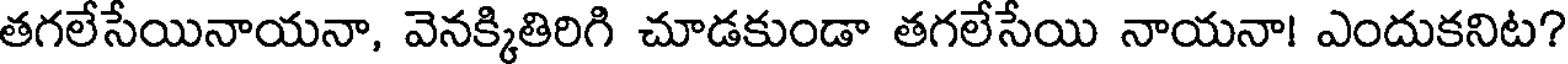
తగలేసేయినాయనా, వెనక్కితిరిగి చూడకుండా తగలేసేయి నాయనా! ఎందుకనిట?